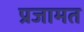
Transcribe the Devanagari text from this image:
प्रजामत